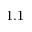
1 . 1